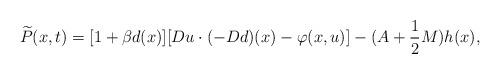
LaTeX: \begin{align*}\widetilde{P}(x,t) = [ 1 + \beta d(x)][D u \cdot (-D d)(x) - \varphi (x, u) ] - (A + \frac{1} {2}M)h(x),\end{align*}